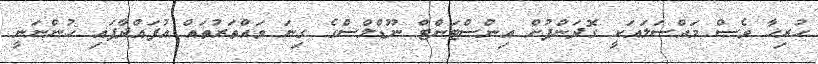
ހުރިހާ ވެސް މައްސަލައަކީ ގޮދަންފުށް އިންސްޓަންޓް ނޫޑްލްސްގެ ގިނަ ވައްތަރުތައް އުފައްދާފައި ހުންނަނީ